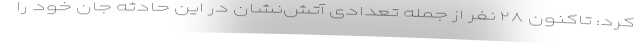
کرد: تاکنون ۲۸ نفر از جمله تعدادی آتش‌نشان در این حادثه جان خود را